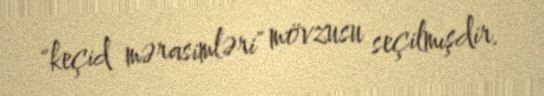
"keçid mərasimləri" mövzusu seçilmışdir.